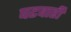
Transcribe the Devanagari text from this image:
घटवारी